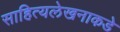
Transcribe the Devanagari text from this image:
साहित्यलेखनाकडे